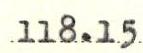
118.15